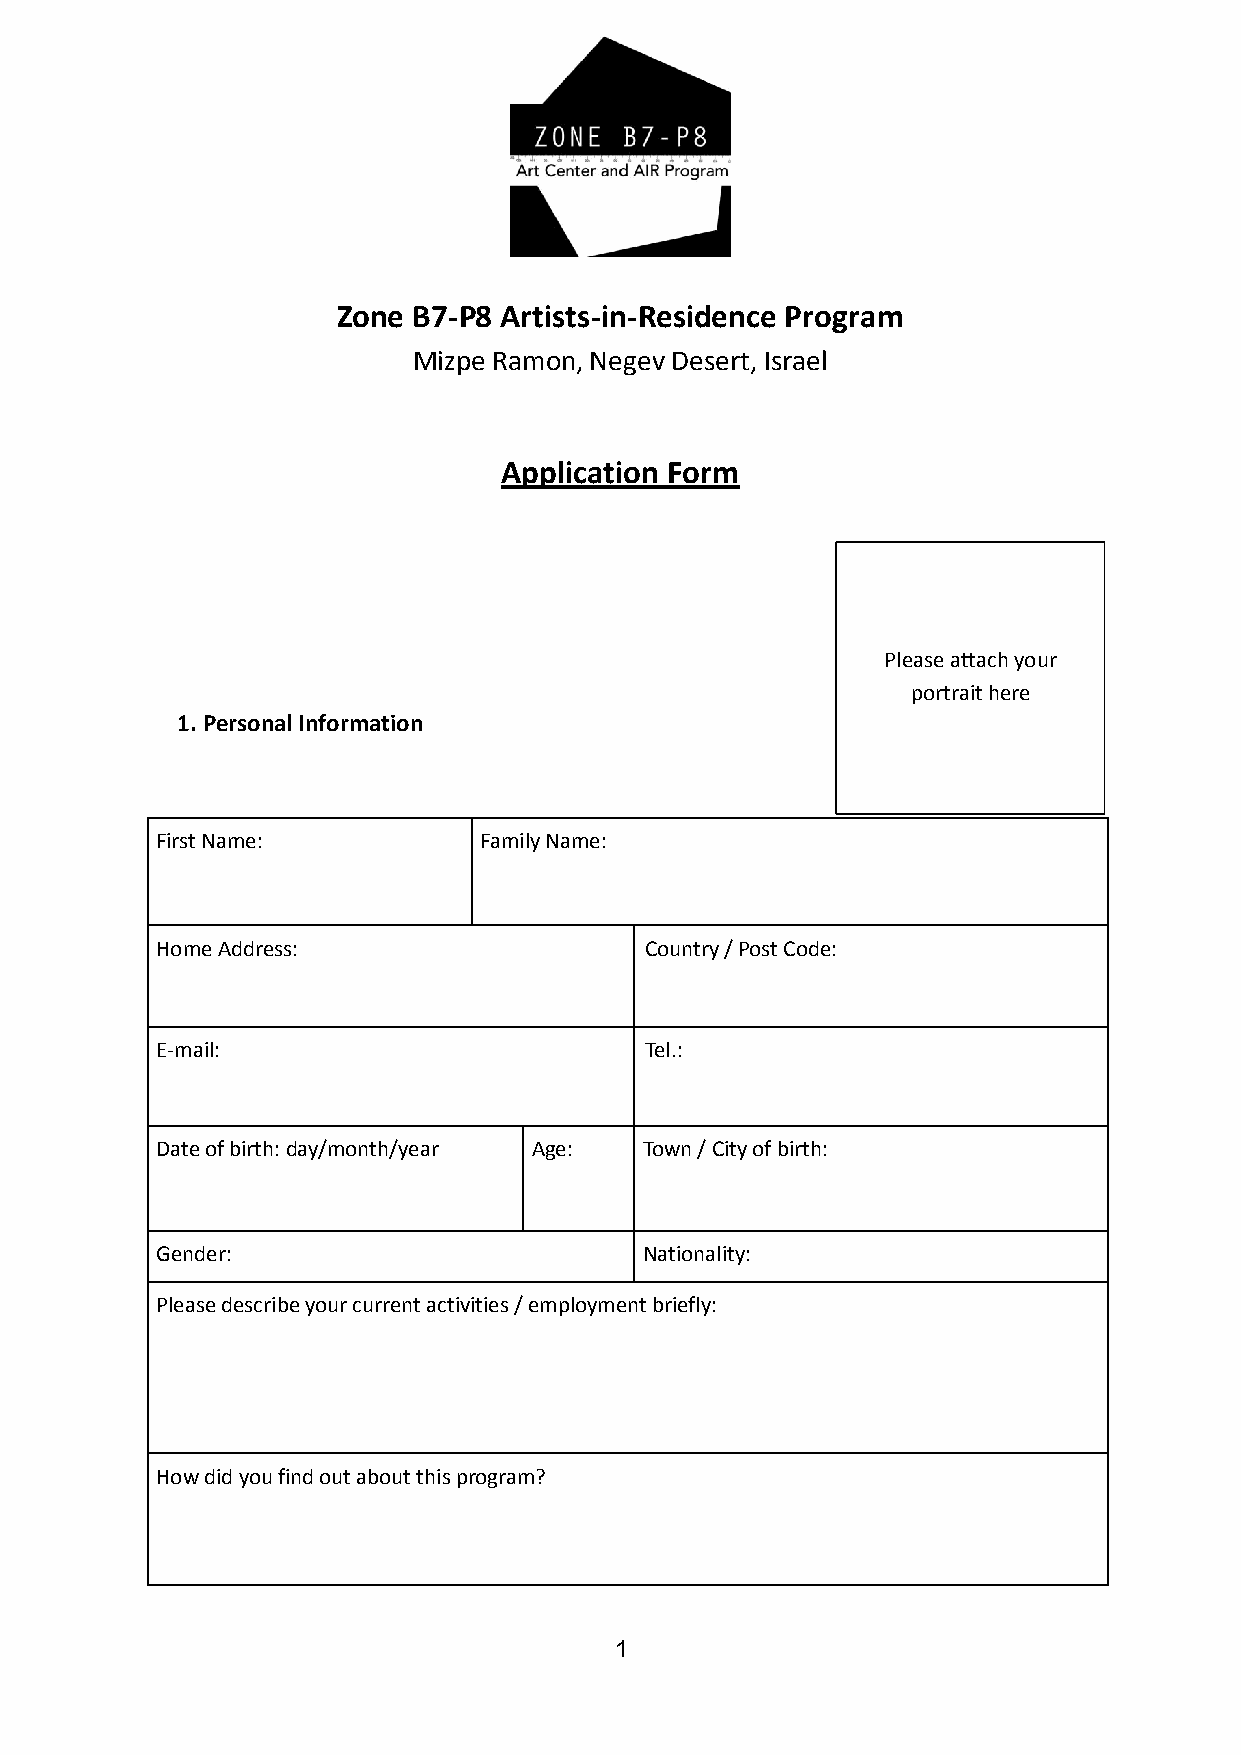
Zone B7-P8 Artists-in-Residence Program
 Mizpe Ramon, Negev Desert, Israel
 Application Form
 Please attach your
 portrait here
 1. Personal Information
 First Name:           Family Name:
 Home Address:                    Country / Post Code:
 E-mail:                          Tel.:
 Date of birth: day/month/year Age: Town / City of birth:
 Gender:                          Nationality:
 Please describe your current activities / employment briefly:
 How did you find out about this program?
 1